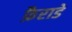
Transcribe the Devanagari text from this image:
फ़ैराडे